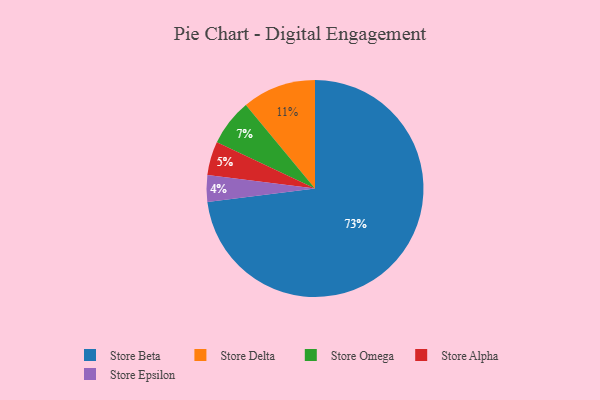
{"axis": {"x": "Category", "y": "Percentage"}, "legend": ["Store Alpha", "Store Beta", "Store Delta", "Store Epsilon", "Store Omega"], "data": [{"x": "Store Omega", "y": 7, "type": "Store Omega"}, {"x": "Store Alpha", "y": 5, "type": "Store Alpha"}, {"x": "Store Beta", "y": 73, "type": "Store Beta"}, {"x": "Store Delta", "y": 11, "type": "Store Delta"}, {"x": "Store Epsilon", "y": 4, "type": "Store Epsilon"}]}